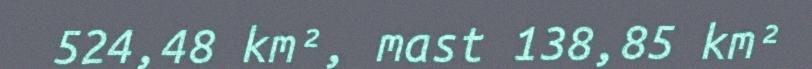
524,48 km², mast 138,85 km²